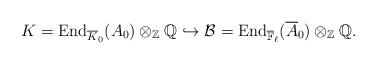
LaTeX: \begin{align*}K=\mathrm{End}_{\overline{K}_0}(A_0)\otimes_{\mathbb{Z}}\mathbb{Q}\hookrightarrow\mathcal{B}=\mathrm{End}_{\overline{\mathbb{F}}_\ell}(\overline{A}_0)\otimes_{\mathbb{Z}}\mathbb{Q}.\end{align*}